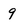
Character: 9